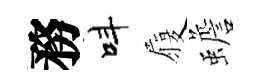
務呌履蟾